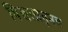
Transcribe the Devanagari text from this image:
चिखलातूनच